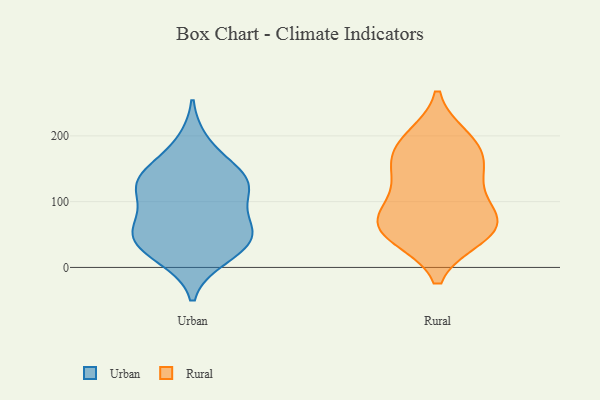
{"axis": {"x": "Population (Million)", "y": "Value"}, "legend": ["Rural", "Urban"], "data": [{"x": "", "y": 50, "type": "Urban"}, {"x": "", "y": 121, "type": "Urban"}, {"x": "", "y": 45, "type": "Urban"}, {"x": "", "y": 151, "type": "Urban"}, {"x": "", "y": 38, "type": "Urban"}, {"x": "", "y": 126, "type": "Urban"}, {"x": "", "y": 83, "type": "Urban"}, {"x": "", "y": 15, "type": "Urban"}, {"x": "", "y": 60, "type": "Urban"}, {"x": "", "y": 189, "type": "Urban"}, {"x": "", "y": 139, "type": "Urban"}, {"x": "", "y": 21, "type": "Urban"}, {"x": "", "y": 59, "type": "Urban"}, {"x": "", "y": 118, "type": "Urban"}, {"x": "", "y": 129, "type": "Urban"}, {"x": "", "y": 186, "type": "Rural"}, {"x": "", "y": 185, "type": "Rural"}, {"x": "", "y": 47, "type": "Rural"}, {"x": "", "y": 80, "type": "Rural"}, {"x": "", "y": 88, "type": "Rural"}, {"x": "", "y": 79, "type": "Rural"}, {"x": "", "y": 137, "type": "Rural"}, {"x": "", "y": 151, "type": "Rural"}, {"x": "", "y": 48, "type": "Rural"}, {"x": "", "y": 58, "type": "Rural"}, {"x": "", "y": 58, "type": "Rural"}, {"x": "", "y": 145, "type": "Rural"}, {"x": "", "y": 196, "type": "Rural"}]}